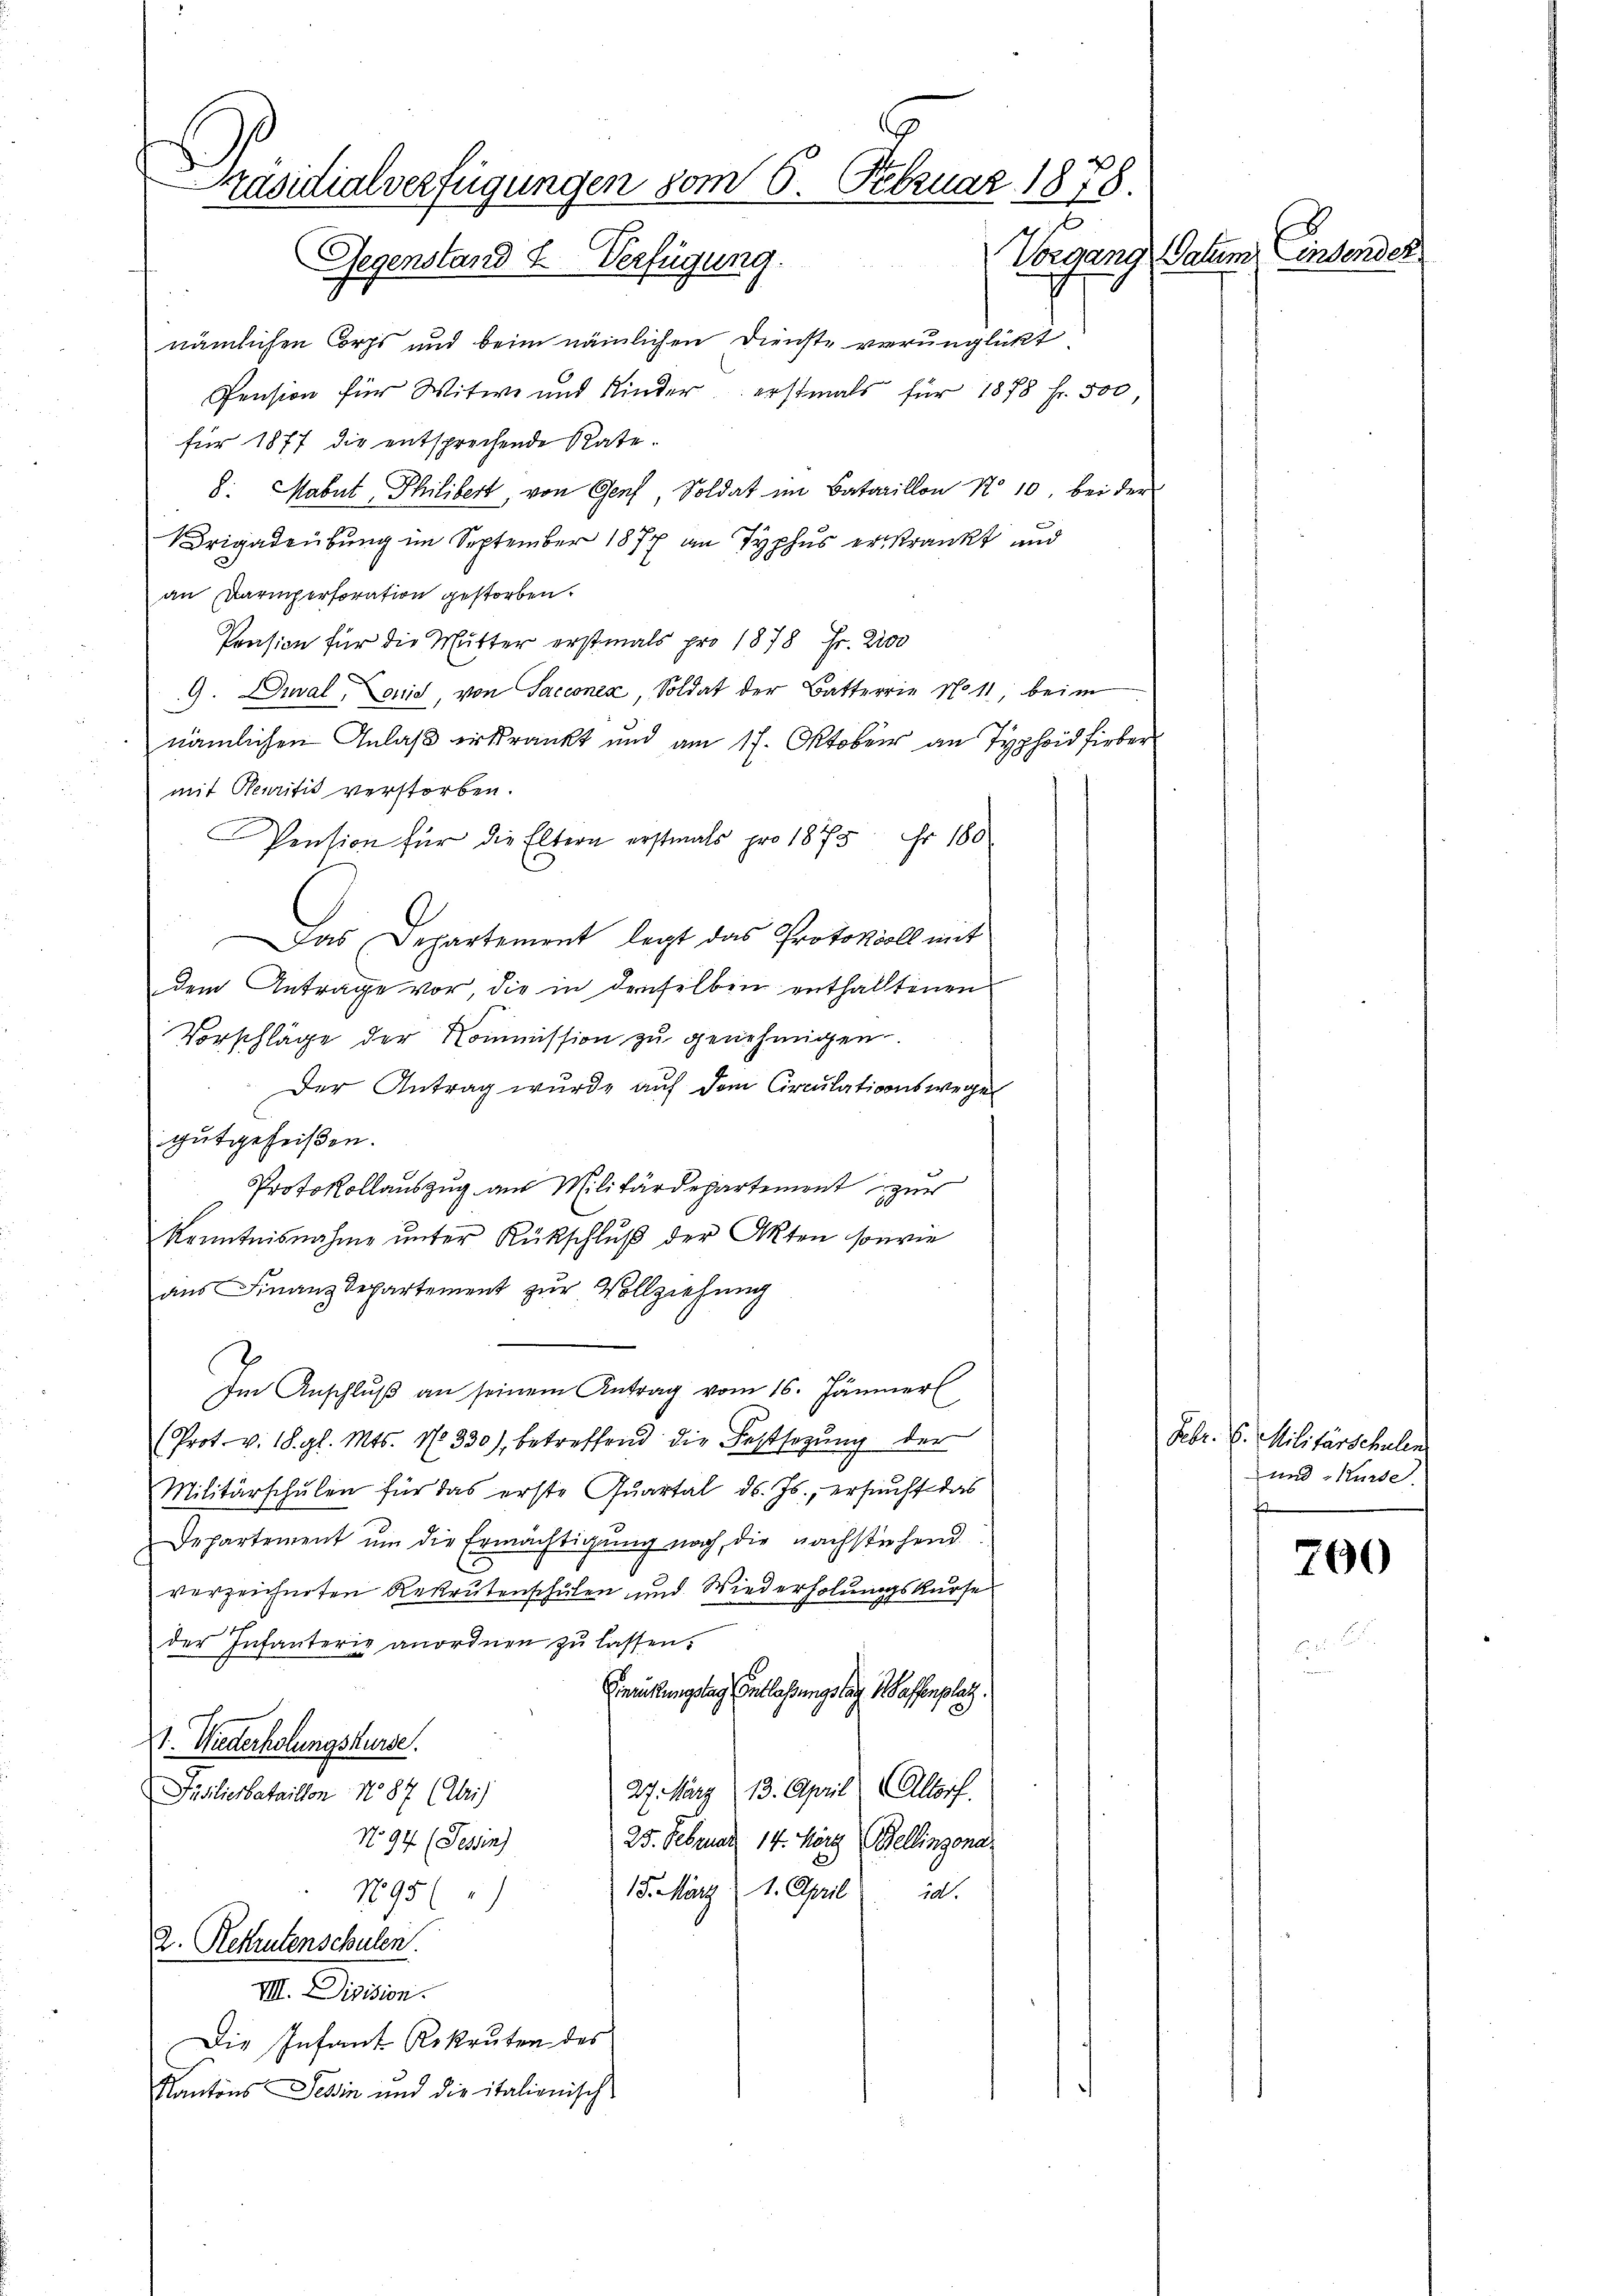
Präsidialverfügungen vom 6. Februar 1878.
Datum, Einsende:
Sogen
Gegenstand u. Verfügung.

nämlichen Corps und beim nämlichen Dienste verunglickt
Pension für Witwe und Kinder erstmals für 1878 Fr. 500
für 1877 die entsprechende Rate.
8. Mabut Philibert, von Genf, Soldat im Bataillon No 10. bei der
Brigadeübung im September 1877 an Typhus erkrankt und
an Karpersoration gestorben.
Pension für die Mutter erstmals pro 1878 Fr. 2200
9. Dival, Louid, von Sacconia, Soldat der Batterrie No 11; beim
nämlichen Anlaß erkrankt und am 17. Oktober an Typhier
mit Neuritis verstorben.
Pension für die Eltern erstmals pro 1875 Fr. 180
Das Departement legt das Protokoll mit
dem Antrage vor, die in denselben enthalltenen
Vorschläge der Kommission zu genehmigen.
Der Antrag wurde auf dem Circulationswegen
gutgeheißen.
Protokollauszug aus Militärdepartement zur
Kenntnisnahme ŭnter Rückschlŭβ der Akten sowie
ans Finanzdepartement zŭr Vollziehung
Im Anschlŭβ an seinem Antrag vom 16. Jännerl
(Prot. v. 18. gl. Mts. No 330), betreffend die Festsetzŭng der
Militärschulen für das erste Quartal d. Js., ersucht das
Departement ŭm die Ermächtigung noch, die nachstehend
verzeichneten Rekrutenschulen und Wiederholungskurse
der Infanterie anordnen zŭ lassen.
Gierkungstag (Entlassungstag 1 Kaffenplatz.
c
st. Wiederholungskurse.
27. März 13. April (Altorf.
Füsilierbataillon No 87 (Uri)
No 94 (Tessin
25. Februar 14. März (Bellinzona
18. März 1. April d.
N895 (
2. Rekrutenschulen.
VII. Division.
Die Infant Rekruten des
Kantons Tessin und die italienisch

Febr. 6. Militärschulen
und Kurse.
f

700